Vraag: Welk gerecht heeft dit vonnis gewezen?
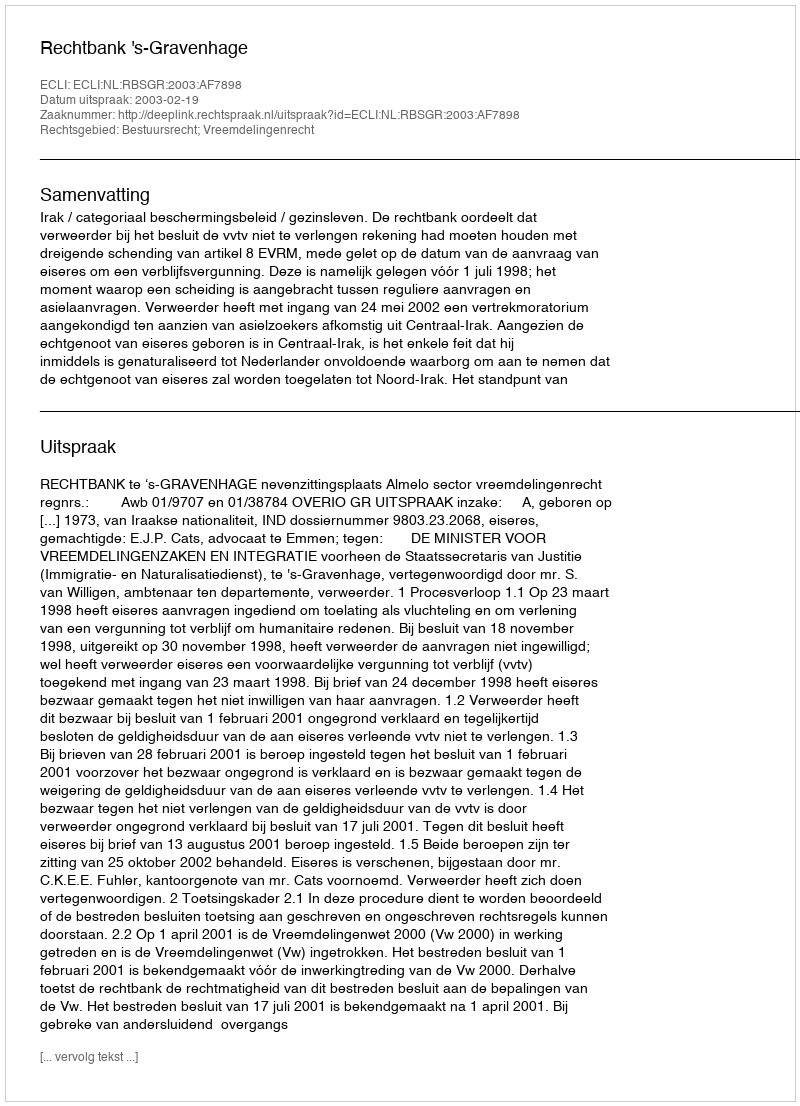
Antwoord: Rechtbank 's-Gravenhage